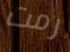
رمت